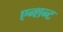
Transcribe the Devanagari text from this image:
एन्शन्ट